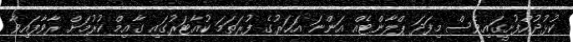
ކުޅުދުއްފުށީގައިވެސް މިފަދަ ޕްލާންޓެއް އަންނަ އަހަރުގެ ފުރަތަމަ ކުއާޓަރުގައި ގާއިމް ކުރުމަށް ރާވާފައިވާ